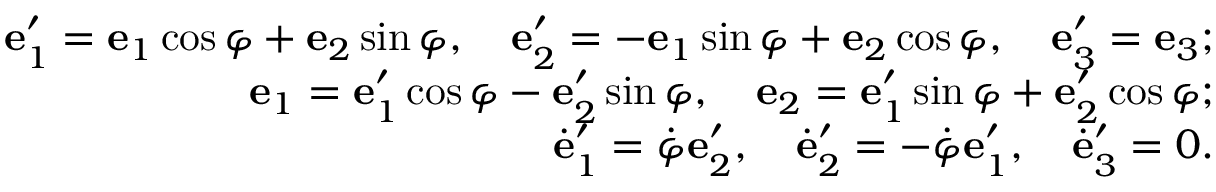
\begin{array} { r } { { \bf e } _ { 1 } ^ { \prime } = { \bf e } _ { 1 } \cos \varphi + { \bf e } _ { 2 } \sin \varphi , \quad { \bf e } _ { 2 } ^ { \prime } = - { \bf e } _ { 1 } \sin \varphi + { \bf e } _ { 2 } \cos \varphi , \quad { \bf e } _ { 3 } ^ { \prime } = { \bf e } _ { 3 } ; } \\ { { \bf e } _ { 1 } = { \bf e } _ { 1 } ^ { \prime } \cos \varphi - { \bf e } _ { 2 } ^ { \prime } \sin \varphi , \quad { \bf e } _ { 2 } = { \bf e } _ { 1 } ^ { \prime } \sin \varphi + { \bf e } _ { 2 } ^ { \prime } \cos \varphi ; } \\ { \dot { \bf e } _ { 1 } ^ { \prime } = \dot { \varphi } { \bf e } _ { 2 } ^ { \prime } , \quad \dot { \bf e } _ { 2 } ^ { \prime } = - \dot { \varphi } { \bf e } _ { 1 } ^ { \prime } , \quad \dot { \bf e } _ { 3 } ^ { \prime } = 0 . } \end{array}